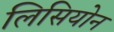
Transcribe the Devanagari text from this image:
लिसियोन